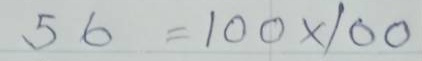
56 = 100 x 100